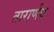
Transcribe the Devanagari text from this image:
तारार्णव